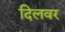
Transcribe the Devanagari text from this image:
दिलवर